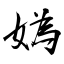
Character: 媯